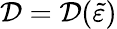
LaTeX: \mathcal{D}=\mathcal{D}(\widetilde{{\varepsilon}})